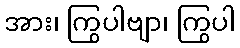
အား၊ ကြွပါဗျာ၊ ကြွပါ